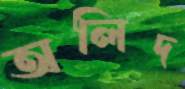
অলিদ